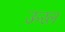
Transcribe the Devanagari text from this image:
ऊरल